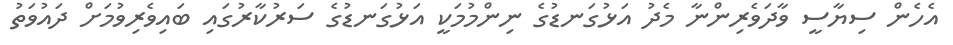
އެހެން ސިޔާސީ ވާދަވެރިންނާ މެދު އަޅުގަނޑުގެ ނިންމުމަކީ އަޅުގަނޑުގެ ސަރުކާރުގައި ބައިވެރިވުމަށް ދައުވަތު